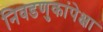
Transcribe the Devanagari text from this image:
निवडणुकांपेक्षा